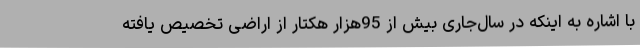
با اشاره به اینکه در سال‌جاری بیش از 95هزار هکتار از اراضی تخصیص یافته